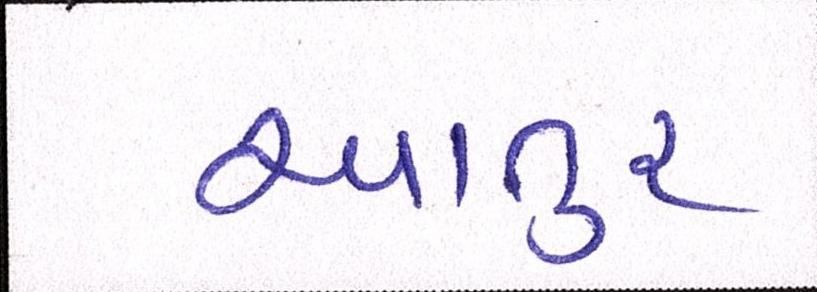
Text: આતુર